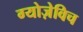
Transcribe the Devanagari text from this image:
ग्योज़ेविच